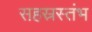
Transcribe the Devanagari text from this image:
सहस्रस्तंभ